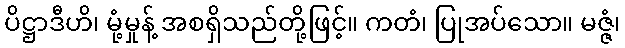
ပိဋ္ဌာဒီဟိ၊ မုံ့မှုန့် အစရှိသည်တို့ဖြင့်။ ကတံ၊ ပြုအပ်သော။ မဇ္ဇံ၊